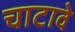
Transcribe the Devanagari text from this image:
चाटावे